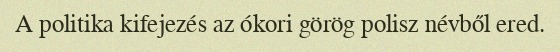
A politika kifejezés az ókori görög polisz névből ered.